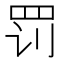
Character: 罚